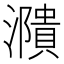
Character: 濻